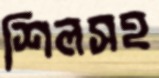
শিলসহ